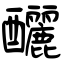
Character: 釃